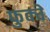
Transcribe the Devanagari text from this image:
फुक्चे